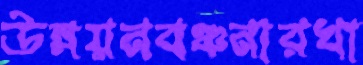
উন্নয়নবঞ্চনারখা